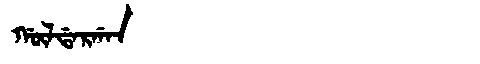
Manchu: ᡤᡡᠯᡩᠠᡵᡤᠠᠨ
Romanization: GŪLDARGAN